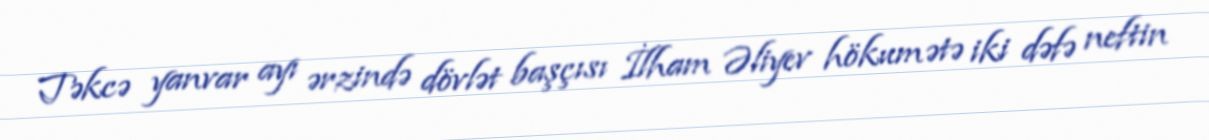
Təkcə yanvar ayı ərzində dövlət başçısı İlham Əliyev hökumətə iki dəfə neftin